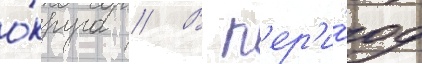
о́круга // В п'ер'и́од